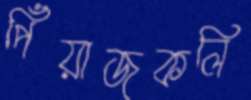
পিঁয়াজকলি